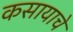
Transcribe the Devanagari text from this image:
कसायाचे